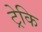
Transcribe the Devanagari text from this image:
ट्रेकि